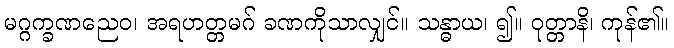
မဂ္ဂက္ခဏညေဝ၊ အရဟတ္တမဂ် ခဏကိုသာလျှင်။ သန္ဓာယ၊ ၍။ ဝုတ္တာနိ၊ ကုန်၏။